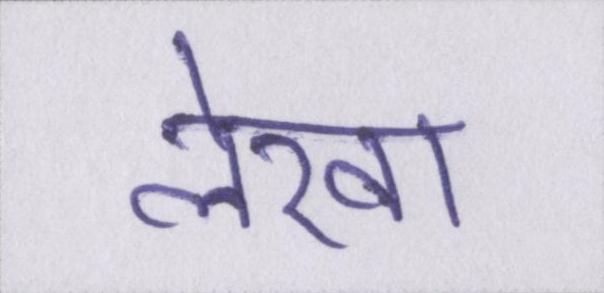
लेखा